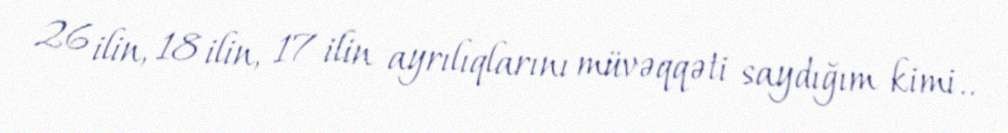
26 ilin, 18 ilin, 17 ilin ayrılıqlarını müvəqqəti saydığım kimi..